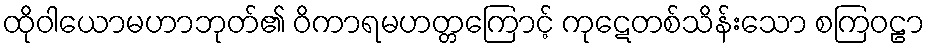
ထိုဝါယောမဟာဘုတ်၏ ဝိကာရမဟတ္တကြောင့် ကုဋေတစ်သိန်းသော စကြဝဠာ